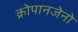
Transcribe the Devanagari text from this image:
क्रोपानजेनो